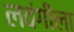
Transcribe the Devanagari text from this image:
लवंगीला